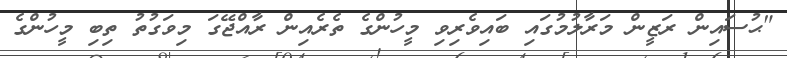
"ޙުސައިން ރަޒީން މަރާލުމުގައި ބައިވެރިވި މީހުންގެ ތެރެއިން ރާއްޖޭގަ މިވަގުތު ތިބި މީހުންގެ